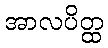
အာလပိတ္ထ